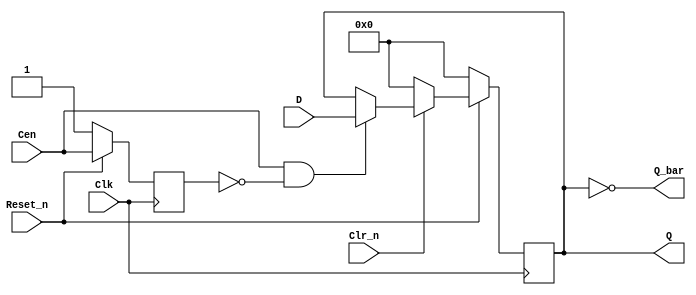
//ttl_74175_sync.v
//Quadruple D flip-flop with reset; positive-edge-triggered
`default_nettype none
`timescale 1ns/1ps

module ttl_74175_sync
( 
  input wire Reset_n,
  input wire Clk,
  //(*direct_enable*) input wire Cen,
  input wire Cen,
  input wire Clr_n,
  input wire  [3:0] D,
  output wire [3:0] Q,
  output wire [3:0] Q_bar
);
    //------------------------------------------------//
    reg [3:0] Q_current;
    reg last_cen;


    initial Q_current = 4'h0; //supposition

    always @(posedge Clk)
    begin
        if (!Reset_n) begin
            Q_current <= 4'h0;
            last_cen  <= 1'b1;
        end
        else
        begin
            last_cen <= Cen;

            if (!Clr_n)
                Q_current <= 4'h0;
            else if (Cen && !last_cen) //detect rising edge of Cen
                Q_current <= D;
            else
                Q_current <= Q_current;
        end
    end
    //------------------------------------------------//
    assign Q     =  Q_current;
    assign Q_bar = ~Q_current;
endmodule